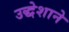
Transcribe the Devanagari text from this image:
उद्धेशाने